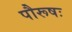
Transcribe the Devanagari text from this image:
पौरूषः